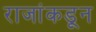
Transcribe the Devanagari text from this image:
राजांकडून